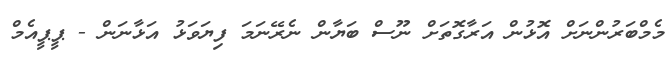
މެމްބަރުންނަށް އޮޅުން އަރާގޮތަށް ނޫސް ބަޔާން ނެރޭނަމަ ފިޔަވަޅު އަޅާނަން - ޕީޕީއެމް